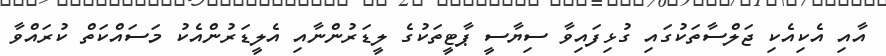
އާއި އެކިއެކި ޖަލްސާތަކުގައި ގުޅިފައިވާ ސިޔާސީ ޕާޓީތަކުގެ ލީޑަރުންނާއި އެލީޑަރުންއެކު މަސައްކަތް ކުރައްވާ